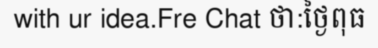
with ur idea.Fre Chat ថា:ថ្ងៃពុធ